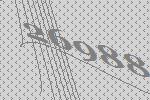
26988